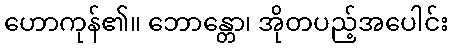
ဟောကုန်၏။ ဘောန္တော၊ အိုတပည့်အပေါင်း